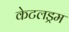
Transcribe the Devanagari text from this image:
केटलड्रम